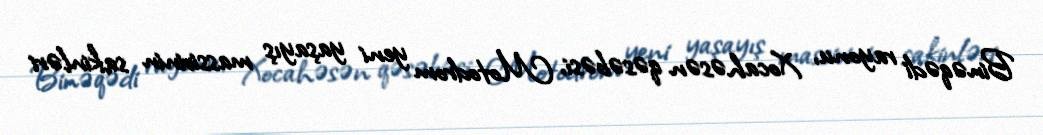
Binəqədi rayonu, Xocahəsən qəsəbəsi, Motodrom yeni yaşayış massivinin sakinləri